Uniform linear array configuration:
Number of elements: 48
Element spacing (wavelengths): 1
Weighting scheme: binomial
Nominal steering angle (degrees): -30
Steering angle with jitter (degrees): -30.295
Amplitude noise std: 0.05
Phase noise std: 0.05

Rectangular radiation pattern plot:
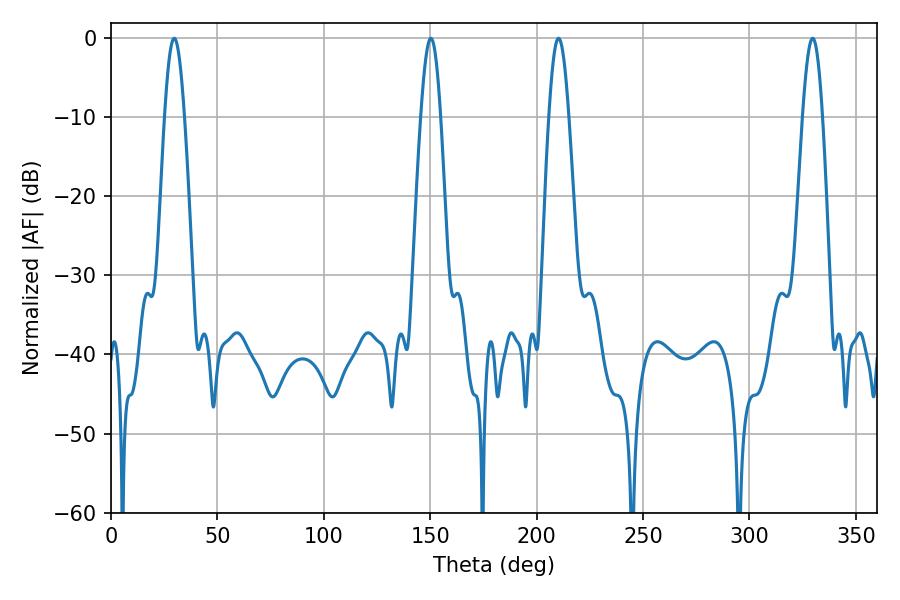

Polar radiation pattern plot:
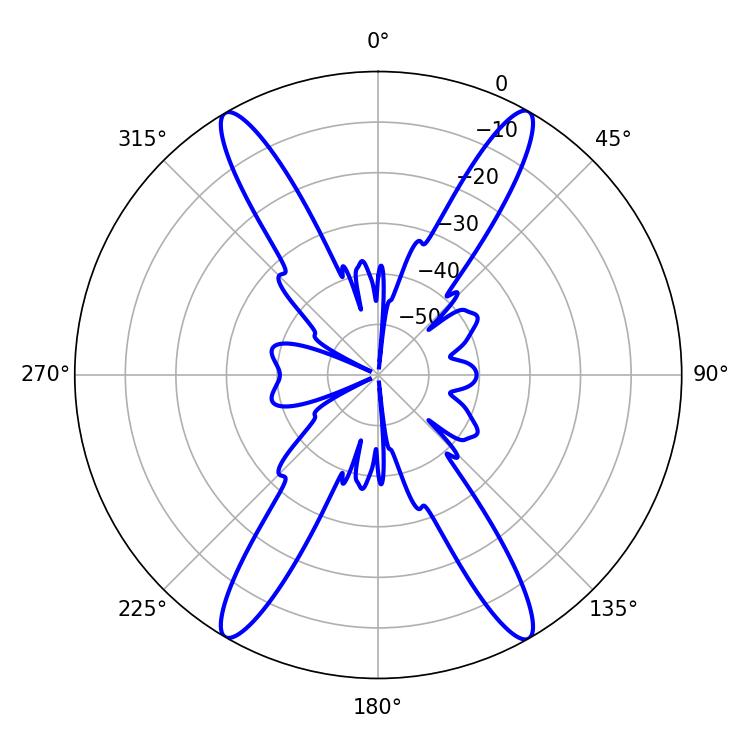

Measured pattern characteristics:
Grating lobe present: TRUE
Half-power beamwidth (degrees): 5.04
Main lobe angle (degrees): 29.7